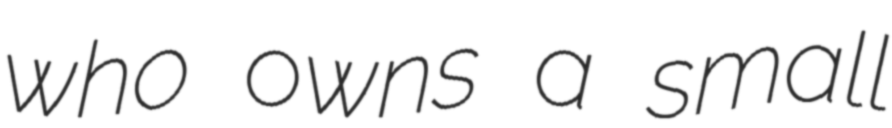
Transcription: who owns a small